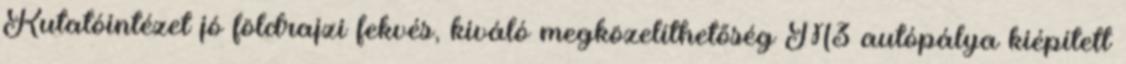
Kutatóintézet jó földrajzi fekvés, kiváló megközelíthetőség M3 autópálya kiépített